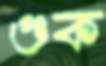
গুক